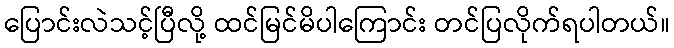
ပြောင်းလဲသင့်ပြီလို့ ထင်မြင်မိပါကြောင်း တင်ပြလိုက်ရပါတယ်။